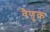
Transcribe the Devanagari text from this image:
वैणुक